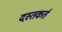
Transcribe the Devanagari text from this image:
दस्तकर्त